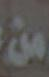
من